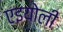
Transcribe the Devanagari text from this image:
एइयोली